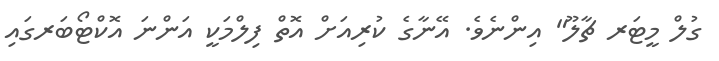
ގުލް މީޓަރ ޗާލޫ" އިންނެވެ. އޭނާގެ ކުރިއަށް އޮތް ފިލްމަކީ އަންނަ އޮކްޓޯބަރގައި